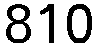
810